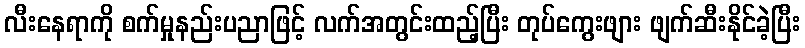
လီးနေရာကို စက်မှုနည်းပညာဖြင့် လက်အတွင်းထည့်ပြီး တုပ်ကွေးဖျား ဖျက်ဆီးနိုင်ခဲ့ပြီး